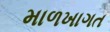
માળખાગત